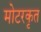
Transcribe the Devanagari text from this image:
मोटरकृत